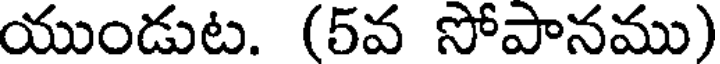
యుండుట. (5వ సోపానము)